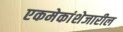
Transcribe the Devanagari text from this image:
एकमेकांशेजारील